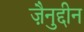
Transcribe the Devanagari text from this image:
ज़ैनुद्दीन